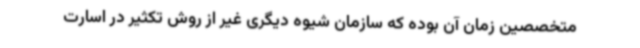
متخصصین زمان آن بوده که سازمان شیوه دیگری غیر از روش تکثیر در اسارت